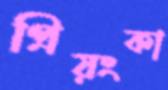
প্রিয়ংকা